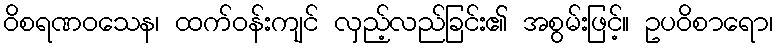
ဝိစရဏဝသေန၊ ထက်ဝန်းကျင် လှည့်လည်ခြင်း၏ အစွမ်းဖြင့်။ ဥပဝိစာရော၊